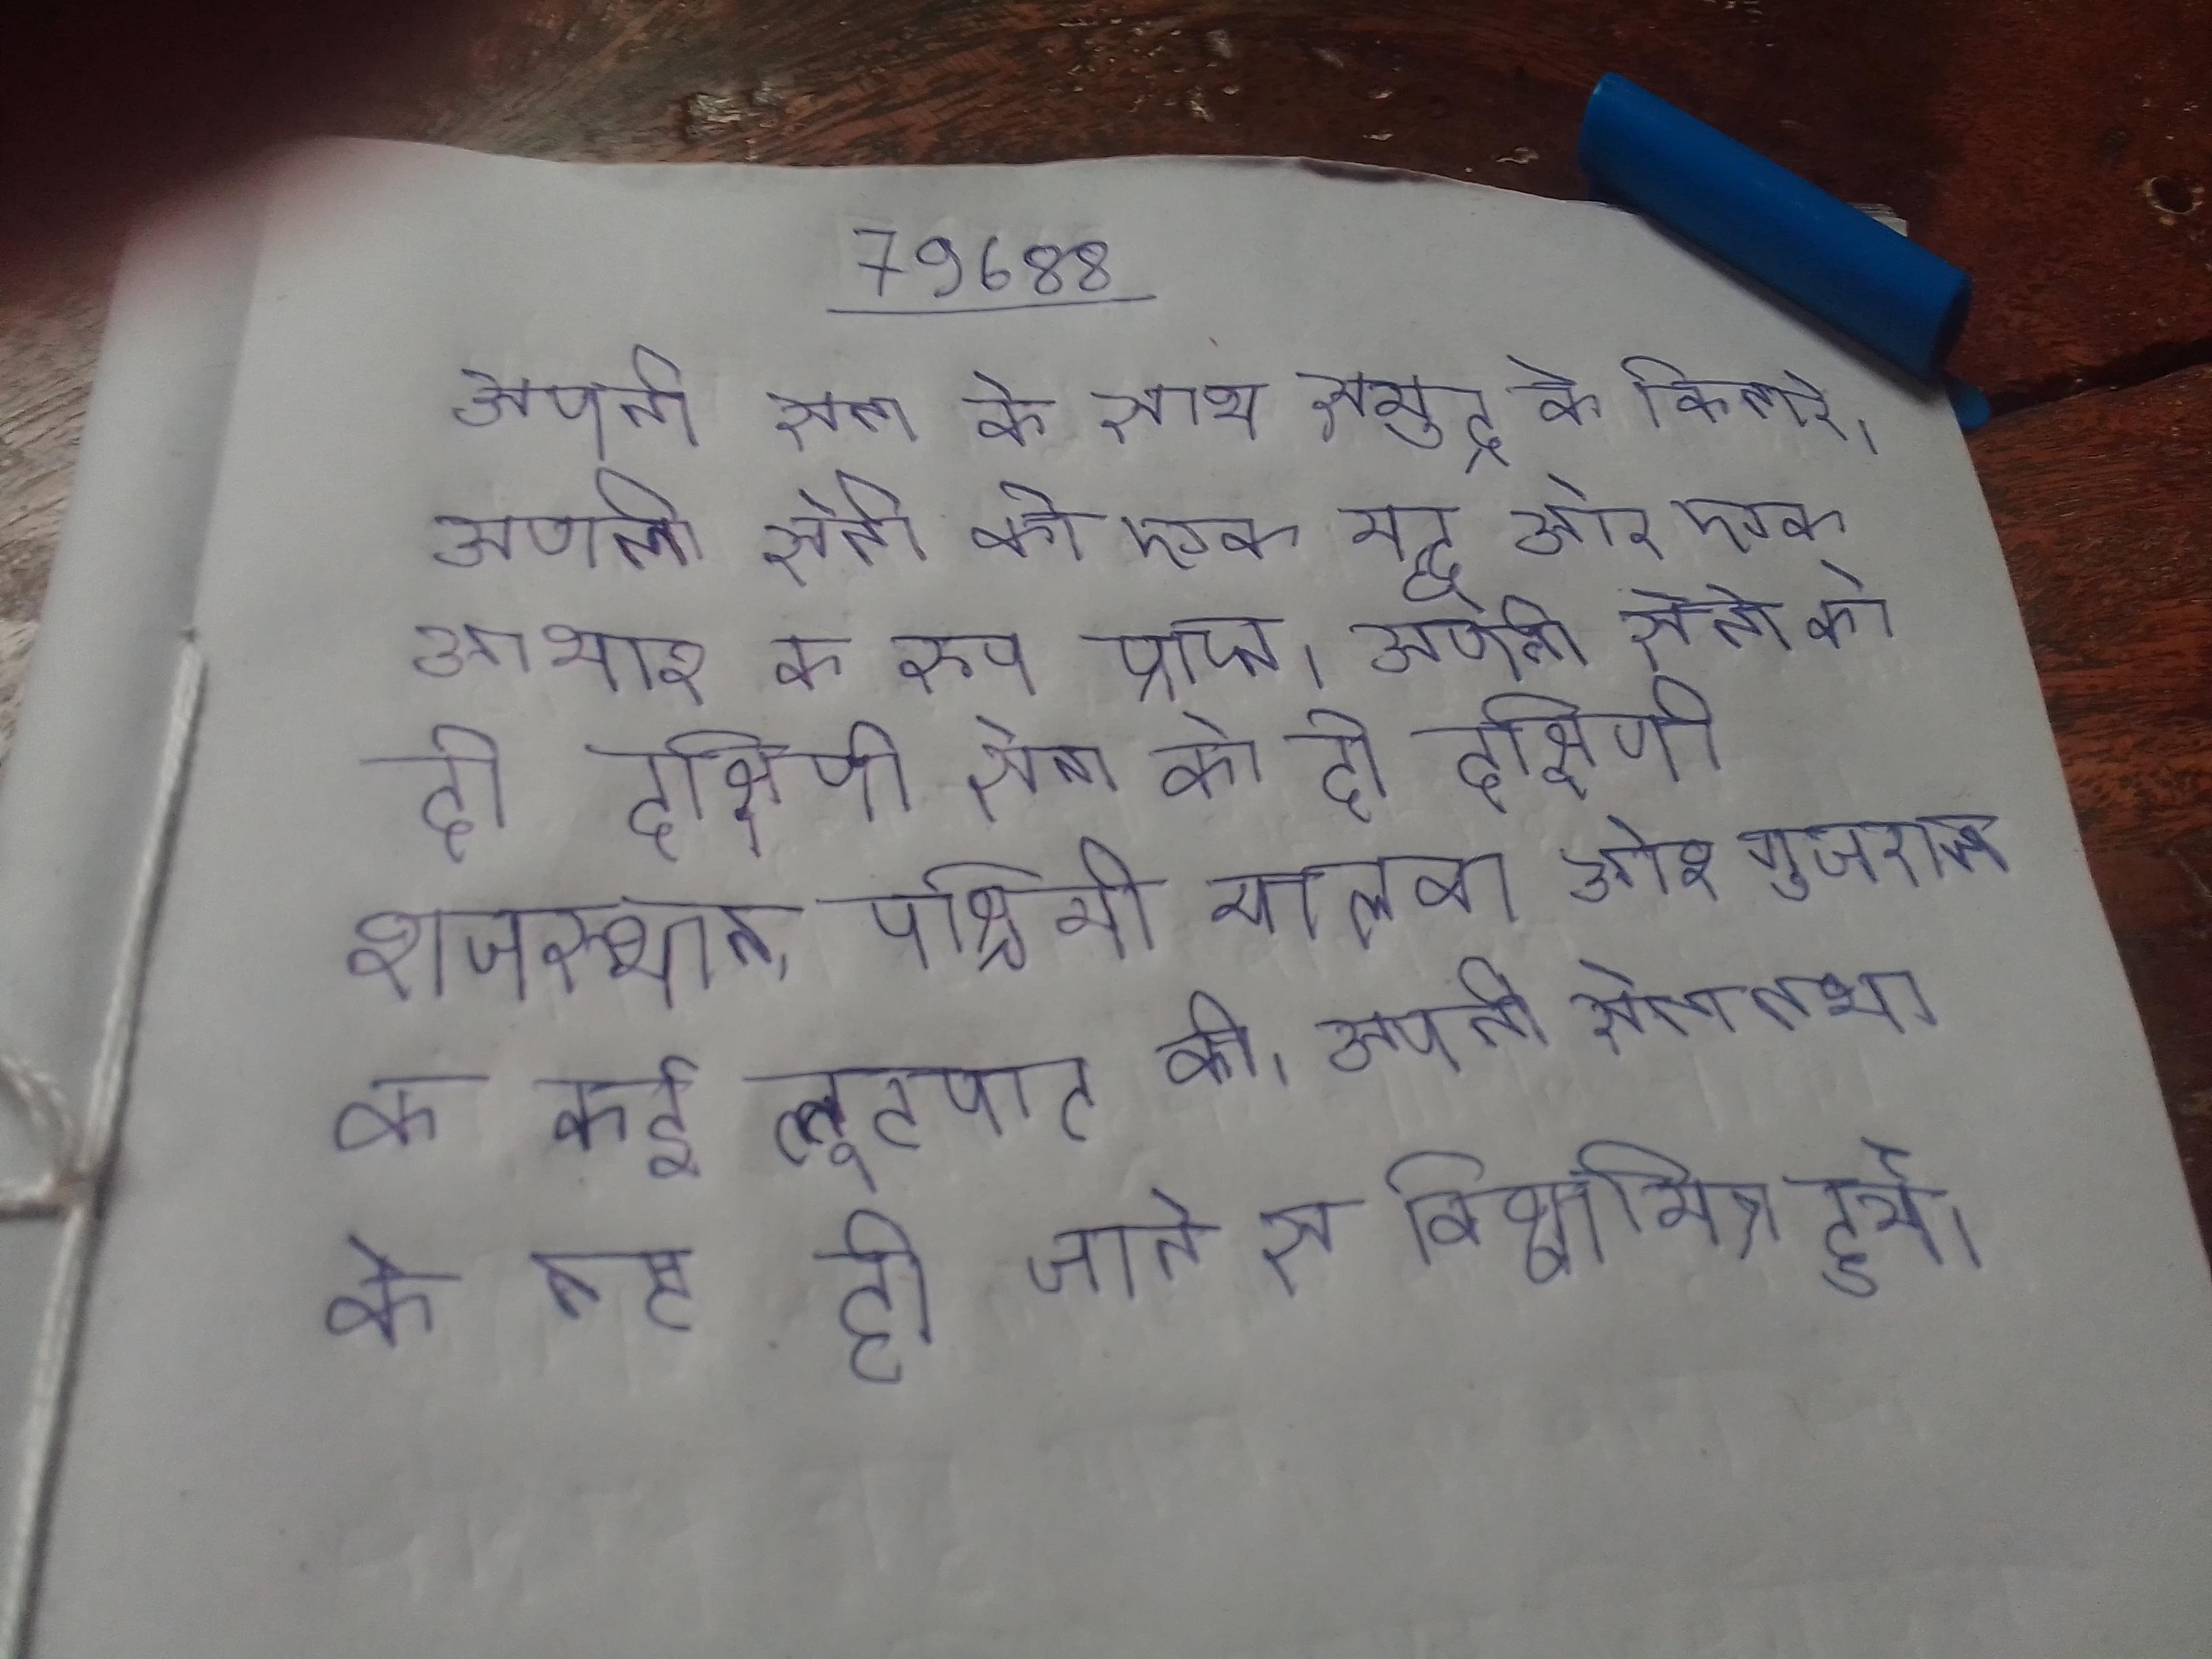
अपनी सेना के साथ समुद्र के किनारे । अपनी सेना को एक युद्ध और एक आभार के रूप प्राप्त । अपनी सेना को दो दक्षिणी राजस्थान, पश्चिमी मालवा और गुजरात के कई लूटपाट की । अपनी सेना तथा के नष्ट हो जाने से विश्वामित्र हुये ।